Dysentery in Hazaribagh Central Jail - Number 52
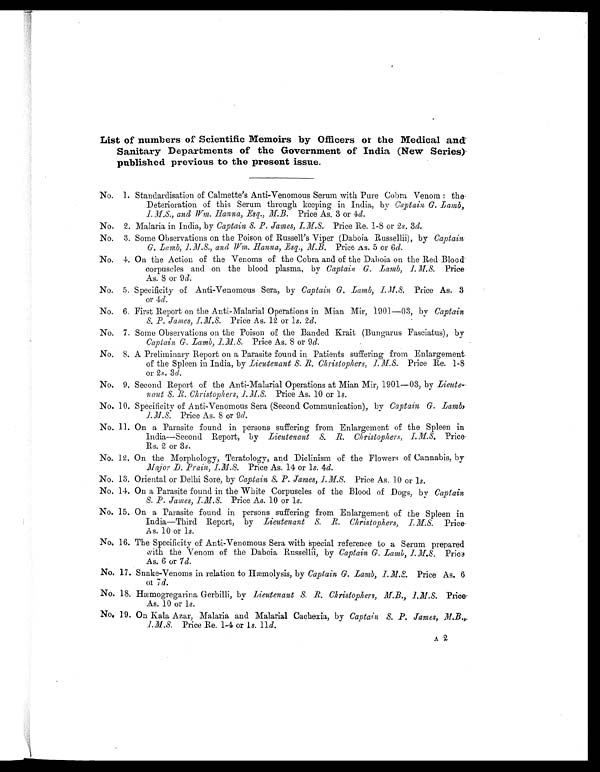
List of numbers of Scientific Memoirs by Officers of the Medical and
Sanitary Departments of the Government of India (New Series)
published previous to the present issue.
No. 1. Standardisation of Calmette's Anti-Venomous Serum with Pure Cobra Venom : the
Deterioration of this Serum through keeping in India, by Captain G. Lamb,
I. M.S., and Wm. Hanna, Esq., M.B. Price As. 3 or 4d.
No. 2. Malaria in India, by Captain S. P. James, I.M.S. Price Re. 1-8 or 2s. 3d.
No. 3. Some Observations on the Poison of Russell's Viper (Daboia Russellii), by Captain
G. Lamb, I.M.S., and Wm. Hanna, Esq., M.B. Price As. 5 or 6d.
No. 4. On the Action of the Venoms of the Cobra and of the Daboia on the Red Blood
corpuscles and on the blood plasma, by Captain G. Lamb, I.M.S. Price
As. 8 or 9 d.
No. 5. Specificity of Anti-Venomous Sera, by Captain G. Lamb, I.M.S. Price As. 3
or 4 d.
No. 6. First Report on the Anti-Malarial Operations in Mian Mir, 1901—03, by Captain
S. P. James, I.M.S. Price As. 12 or 1s. 2 d.
No. 7. Some Observations on the Poison of the Banded Krait (Bungarus Fasciatus), by
Captain G. Lamb, I.M.S. Price As. 8 or 9 d.
No. 8. A Preliminary Report on a Parasite found in Patients suffering from Enlargement
of the Spleen in India, by Lieutenant S. B. Christophers, I.M.S.P r i c e R e . 1 - 8
or 2 s . 3 d .
No. 9. Second Report of the Anti-Malarial Operations at Mian Mir, 1901—03, by Lieute
-nant S. R. Christophers, I.M.S. Price As. 10 or Is.
No. 10. Specificity of Anti-Venomous Sera (Second Communication), by Captain G. Lamb,
I.M.S. Price As. 8 or 9 d.
No. 11. On a Parasite found in persons suffering from Enlargement of the Spleen in
India—Second Report, by Lieutenant S. B. Christophers, I.M.S P r i c e
Rs. 2 or 3 s .
No. 12. On the Morphology, Teratology, and Diclinism of the Flowers of Cannabis, by
Major D. Prain, I.M.S. Price As. 14 or l s. 4d.
No. 13. Oriental or Delhi Sore, by Captain S. P. James, I.M.S. Price As. 10 or I s.
No. 14. On a Parasite found in the White Corpuscles of the Blood of Dogs, by Captain
S. P. James, I.M.S. Price As. 10 or l s.
No. 15. On a Parasite found in persons suffering from Enlargement of the Spleen in
India—Third Report, by Lieutenant S, B. Christophers, I.M.S. Price
As. 10 or l s.
No. 16. The Specificity of Anti-Venomous Sera with special reference to a Serum prepared
with the Venom of the Daboia Russellii, by C a p t a i n G . L a m b , I . M . S ,
P r i c e
As. 6 or 7d.
No. 17. Snake-Venoms in relation to Hæmolysis, by Captain G. Lamb, I.M.S. Price As. 6
or 7d.
No. 18. Hæmogregarina Gerbilli, by Lieutenant S. R. Christophers, M.B., I.M.S. Price.
As. 10 or l s.
No. 19. On Kala Azar, Malaria and Malarial Cachexia, by Captain S. P. James, M.B.,
1.M.S. Price Re. 1-4 or l s. 11 d.
A 2